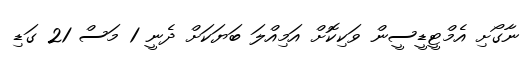
ނާގޯށި އެމްޓީޑީސީން ވަކިކޮށް އަމިއްލަ ބަޔަކަށް ދެނީ 1 މަސް 21 ގަޑި